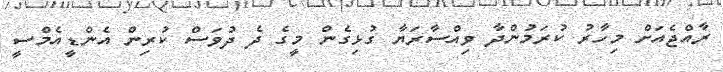
ރާއްޖެއަށް މިހާރު ކުރަމުންދާ ވިއްސާރަޔާ ގުޅިގެން މީގެ ދެ ދުވަސް ކުރިން އެންޑީއެމްސީ